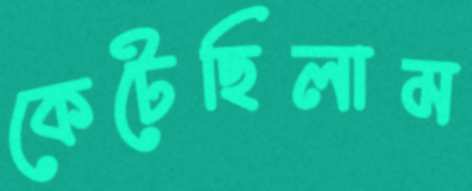
কেটেছিলাম